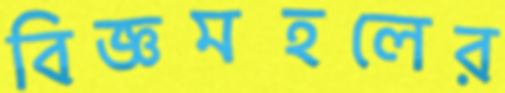
বিজ্ঞমহলের